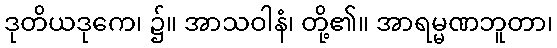
ဒုတိယဒုကေ၊ ၌။ အာသဝါနံ၊ တို့၏။ အာရမ္မဏဘူတာ၊